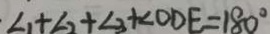
\angle 1 + \angle 2 + \angle 3 + \angle O D E = 1 8 0 ^ { \circ }